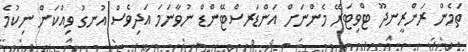
ތަމެން ރަންރީނދޫ ޓްވިޓަރޭ މެންނަށް އަންޑަރސްޓޭންޑް ނުވާނަމަ އަދިވެސް އުނގު ވިއްކަން ނިކުމެ